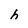
Character: h